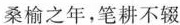
桑格之年，笔耕不辍